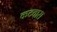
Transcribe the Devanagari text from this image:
कटवारा